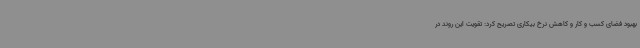
بهبود فضای کسب و کار و کاهش نرخ بیکاری تصریح کرد: تقویت این روند در